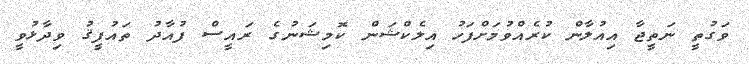
ވަގުތީ ނަތީޖާ އިއުލާން ކުރެއްވުމަށްފަހު އިލެކްޝަން ކޮމިޝަނުގެ ރައީސް ފުއާދު ތައުފީޤު ވިދާޅުވީ